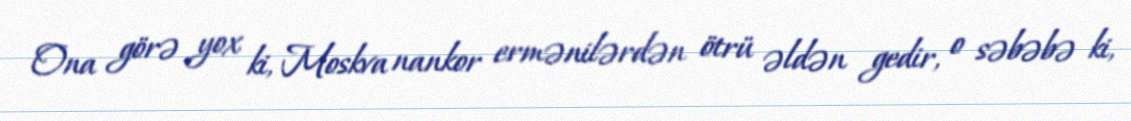
Ona görə yox ki, Moskva nankor ermənilərdən ötrü əldən gedir, o səbəbə ki,